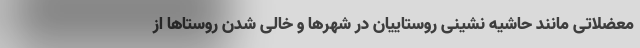
معضلاتی مانند حاشیه نشینی روستاییان در شهرها و خالی شدن روستاها از